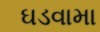
ઘડવામા